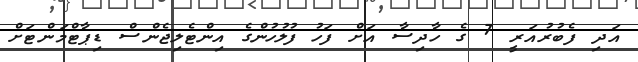
އަދި ފެބުރުއަރީ 7 ގެ ހާދިސާ އަށް ފަހު ފުލުހުންގެ އިންޓެލިޖެންސް ޑިޕާޓްމަންޓަށް